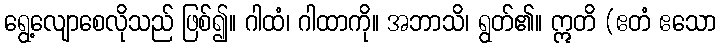
ရွေ့လျောစေလိုသည် ဖြစ်၍။ ဂါထံ၊ ဂါထာကို။ အဘာသိ၊ ရွတ်၏။ ဣတိ (ဧတံ ဧသော